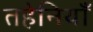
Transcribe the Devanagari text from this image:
तहेनियाँ